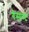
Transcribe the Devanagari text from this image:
गेसाम्ट